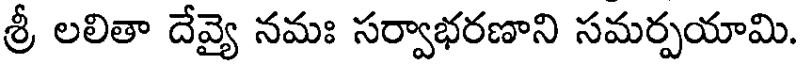
శ్రీ లలితా దేవ్యై నమః సర్వాభరణాని సమర్పయామి.